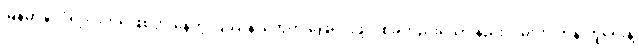
မြန်မာနိုင်ငံရဲ့ လက်ရှိဖြစ်ပွားနေတဲ့ ပြဿနာတွေကို ဖြေရှင်းဖို့တစ်ခုတည်းသော နည်းလမ်းက တန်းတူရေးနဲ့